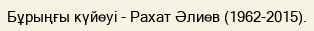
Бұрыңғы күйеуі - Рахат Әлиев (1962-2015).